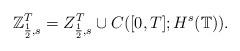
LaTeX: \begin{align*} \mathbb{Z}_{\frac{1}{2},s}^{T}=Z_{\frac{1}{2},s}^{T}\cup C([0,T];H^s(\mathbb{T})).\end{align*}